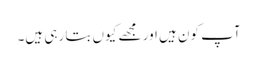
آپ کون ہیں اور مجھے کیوں بتا رہی ہیں۔